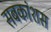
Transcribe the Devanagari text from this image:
सबकांशस